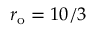
r _ { \mathrm { o } } = 1 0 / 3